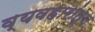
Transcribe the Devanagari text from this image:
व्यवहारांतून